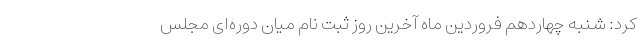
کرد: شنبه چهاردهم فروردین ماه آخرین روز ثبت نام میان دوره‌ای مجلس